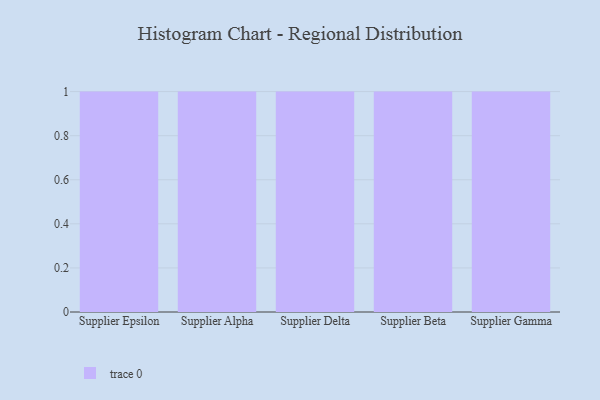
{"axis": {"x": "Supplier", "y": "Latency (ms)"}, "legend": [""], "data": [{"x": "Supplier Epsilon", "y": 54, "type": ""}, {"x": "Supplier Alpha", "y": 55, "type": ""}, {"x": "Supplier Delta", "y": 33, "type": ""}, {"x": "Supplier Beta", "y": 15, "type": ""}, {"x": "Supplier Gamma", "y": 94, "type": ""}]}